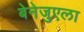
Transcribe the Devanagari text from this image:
बेनेजुएला